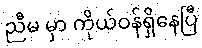
ညီမ မှာ ကိုယ်ဝန်ရှိနေပြီ